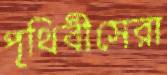
পৃথিবীসেরা